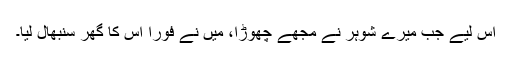
اس لیے جب میرے شوہر نے مجھے چھوڑا، میں نے فورا اس کا گھر سنبھال لیا۔